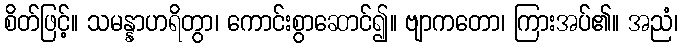
စိတ်ဖြင့်။ သမန္နာဟရိတွာ၊ ကောင်းစွာဆောင်၍။ ဗျာကတော၊ ကြားအပ်၏။ အညံ၊